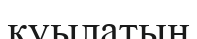
қуылатын